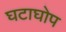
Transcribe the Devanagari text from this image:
घटाघोप